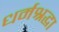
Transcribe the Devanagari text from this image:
धर्मश्रद्धा